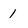
Character: 1